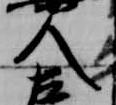
人